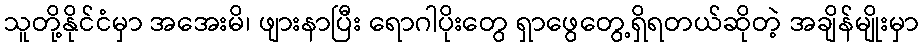
သူတို့နိုင်ငံမှာ အအေးမိ၊ ဖျားနာပြီး ရောဂါပိုးတွေ ရှာဖွေတွေ့ရှိရတယ်ဆိုတဲ့ အချိန်မျိုးမှာ